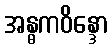
အန္ဓကဝိန္ဒော